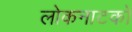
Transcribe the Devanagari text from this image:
लोकनाटकों